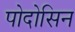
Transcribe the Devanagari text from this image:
पोदोसिन